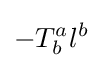
-T_{b}^{a}l^{b}